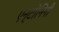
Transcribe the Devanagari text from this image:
एन्टोनिनी